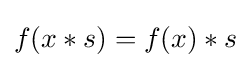
f(x*s)=f(x)*s